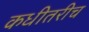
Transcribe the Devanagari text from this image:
कधीतरीच